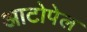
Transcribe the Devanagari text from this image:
आटोपेल